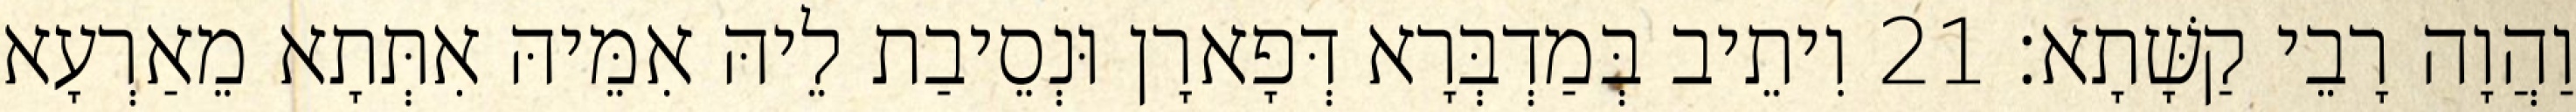
וַהֲוָה רָבֵי קַשָּׁתָא׃ 21 וִיתֵיב בְּמַדְבְּרָא דְּפָארָן וּנְסֵיבַת לֵיהּ אִמֵּיהּ אִתְּתָא מֵאַרְעָא